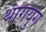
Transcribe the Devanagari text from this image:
थांगयुग